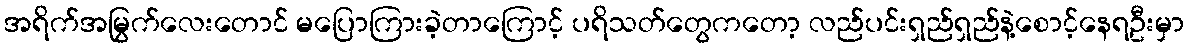
အရိက်အမြွက်လေးတောင် မပြောကြားခဲ့တာကြောင့် ပရိသတ်တွေကတော့ လည်ပင်းရှည်ရှည်နဲ့စောင့်နေရဦးမှာ